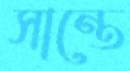
সান্তে